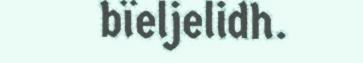
bïeljelidh.